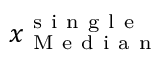
\boldsymbol { x } _ { \mathrm { ~ M ~ e ~ d ~ i ~ a ~ n ~ } } ^ { \mathrm { ~ s ~ i ~ n ~ g ~ l ~ e ~ } }